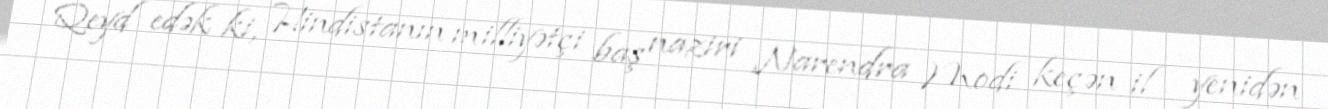
Qeyd edək ki, Hindistanın milliyətçi baş naziri Narendra Modi keçən il yenidən